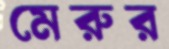
মেরুর